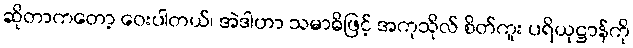
ဆိုတာကတော့ ဝေးပါတယ်၊ အဲဒါဟာ သမာဓိဖြင့် အကုသိုလ် စိတ်ကူး ပရိယုဋ္ဌာန်ကို